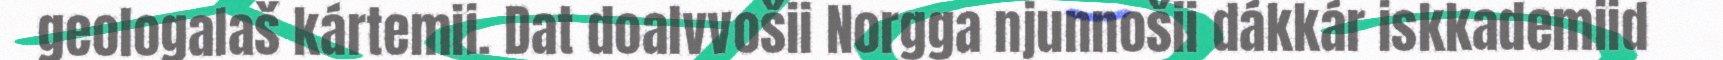
geologalaš kártemii. Dat doalvvošii Norgga njunnošii dákkár iskkademiid